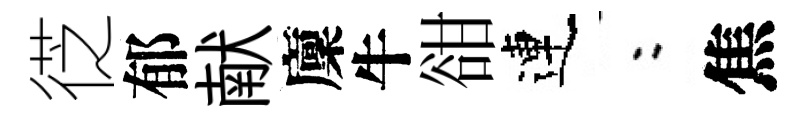
徔郁献廩牛𧮳連欸焦